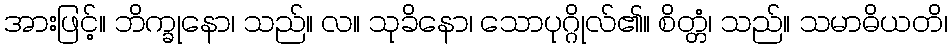
အားဖြင့်။ ဘိက္ခုနော၊ သည်။ လ။ သုခိနော၊ သောပုဂ္ဂိုလ်၏။ စိတ္တံ၊ သည်။ သမာဓိယတိ၊